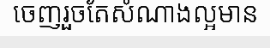
ចេញរួចតែសំណាងល្អមាន